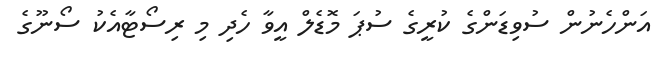
އަންހެނުން ސުވިޑަންގެ ކުރީގެ ސުޕަ މޮޑެލް އީވާ ހެދި މި ރިސޯޓާއެކު ސޯނޫގެ